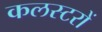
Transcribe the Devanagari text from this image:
कलस्टरों